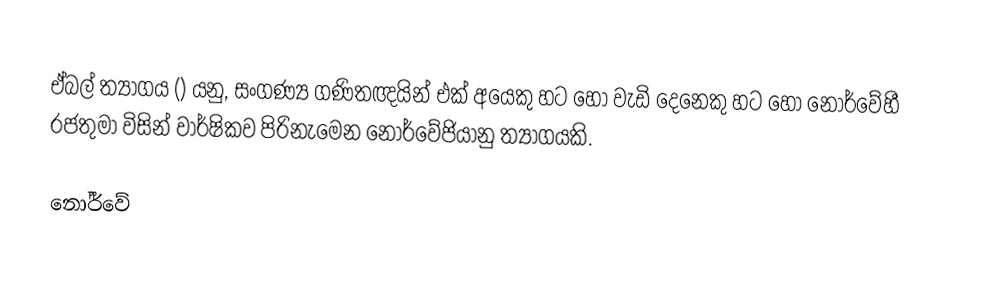
ඒබල් ත්‍යාගය  () යනු,  සංගණ්‍ය ගණිතඥයින් එක් අයෙකු හට හෝ වැඩි දෙනෙකු හට හෝ නෝර්වේහී රජතුමා විසින් වාර්ෂිකව පිරිනැමෙන නෝර්වේජියානු ත්‍යාගයකි.

නෝර්වේ